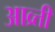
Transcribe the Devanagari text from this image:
आव्र्त्ती